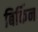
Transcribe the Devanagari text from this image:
बिर्किन